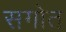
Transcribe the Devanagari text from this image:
सगोत